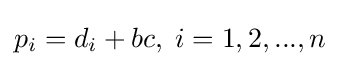
p_{i}=d_{i}+bc,\;i=1,2,...,n